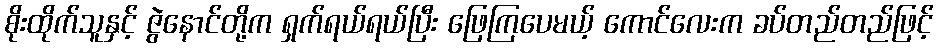
စိုးထိုက်သူနှင့် ဇွဲနောင်တို့က ရှက်ရယ်ရယ်ပြီး ဖြေကြပေမယ့် ကောင်လေးက ခပ်တည်တည်ဖြင့်